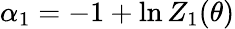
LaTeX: \alpha_{1}=-1+\ln Z_{1}(\theta)